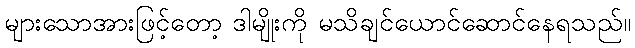
များသောအားဖြင့်တော့ ဒါမျိုးကို မသိချင်ယောင်ဆောင်နေရသည်။